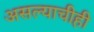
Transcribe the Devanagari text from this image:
असल्याचीही